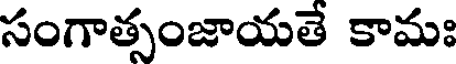
సంగాత్సంజాయతే కామః